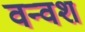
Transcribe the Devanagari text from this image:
वन्वश